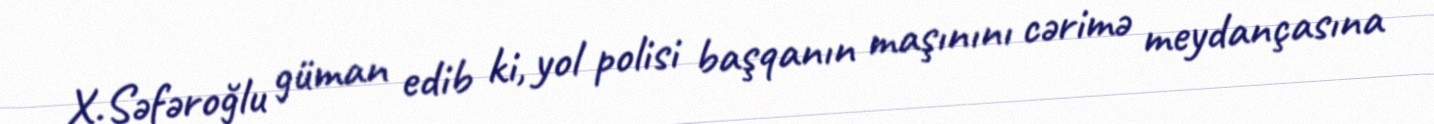
X.Səfəroğlu güman edib ki, yol polisi başqanın maşınını cərimə meydançasına